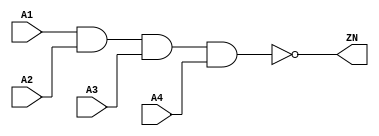
module NAND4_X4 (A1, A2, A3, A4, ZN);
  input A1;
  input A2;
  input A3;
  input A4;
  output ZN;
  not(ZN, i_12);
  and(i_12, i_13, A4);
  and(i_13, i_14, A3);
  and(i_14, A1, A2);
  specify
    (A1 => ZN) = (0.1, 0.1);
    (A2 => ZN) = (0.1, 0.1);
    (A3 => ZN) = (0.1, 0.1);
    (A4 => ZN) = (0.1, 0.1);
  endspecify
endmodule